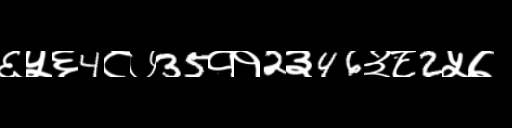
Text: ६५६4८७35११2३46३८2५७